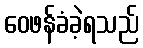
ဝေဖန်ခံခဲ့ရသည်